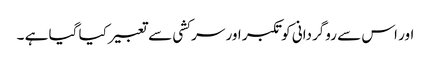
اور اس سے روگردانی کو تکبر اور سر کشی سے تعبیر کیا گیا ہے ۔